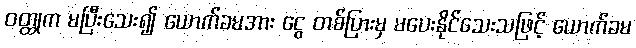
ဝတ္ထုက မပြီးသေး၍ ယောက်ခမအား ငွေ တစ်ပြားမှ မပေးနိုင်သေးသဖြင့် ယောက်ခမ